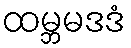
ထမ္ဘမဒဒံ